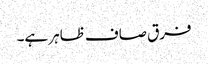
فرق صاف ظاہر ہے۔